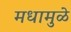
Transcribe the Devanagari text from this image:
मधामुळे